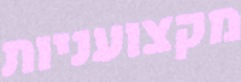
מקצועניות